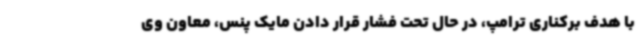
با هدف برکناری ترامپ، در حال تحت فشار قرار دادن مایک پنس، معاون وی